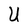
Character: U